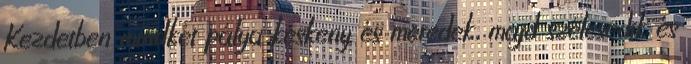
Kezdetben mindkét pálya keskeny és meredek, majd szélesedik és